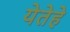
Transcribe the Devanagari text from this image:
येतेहे